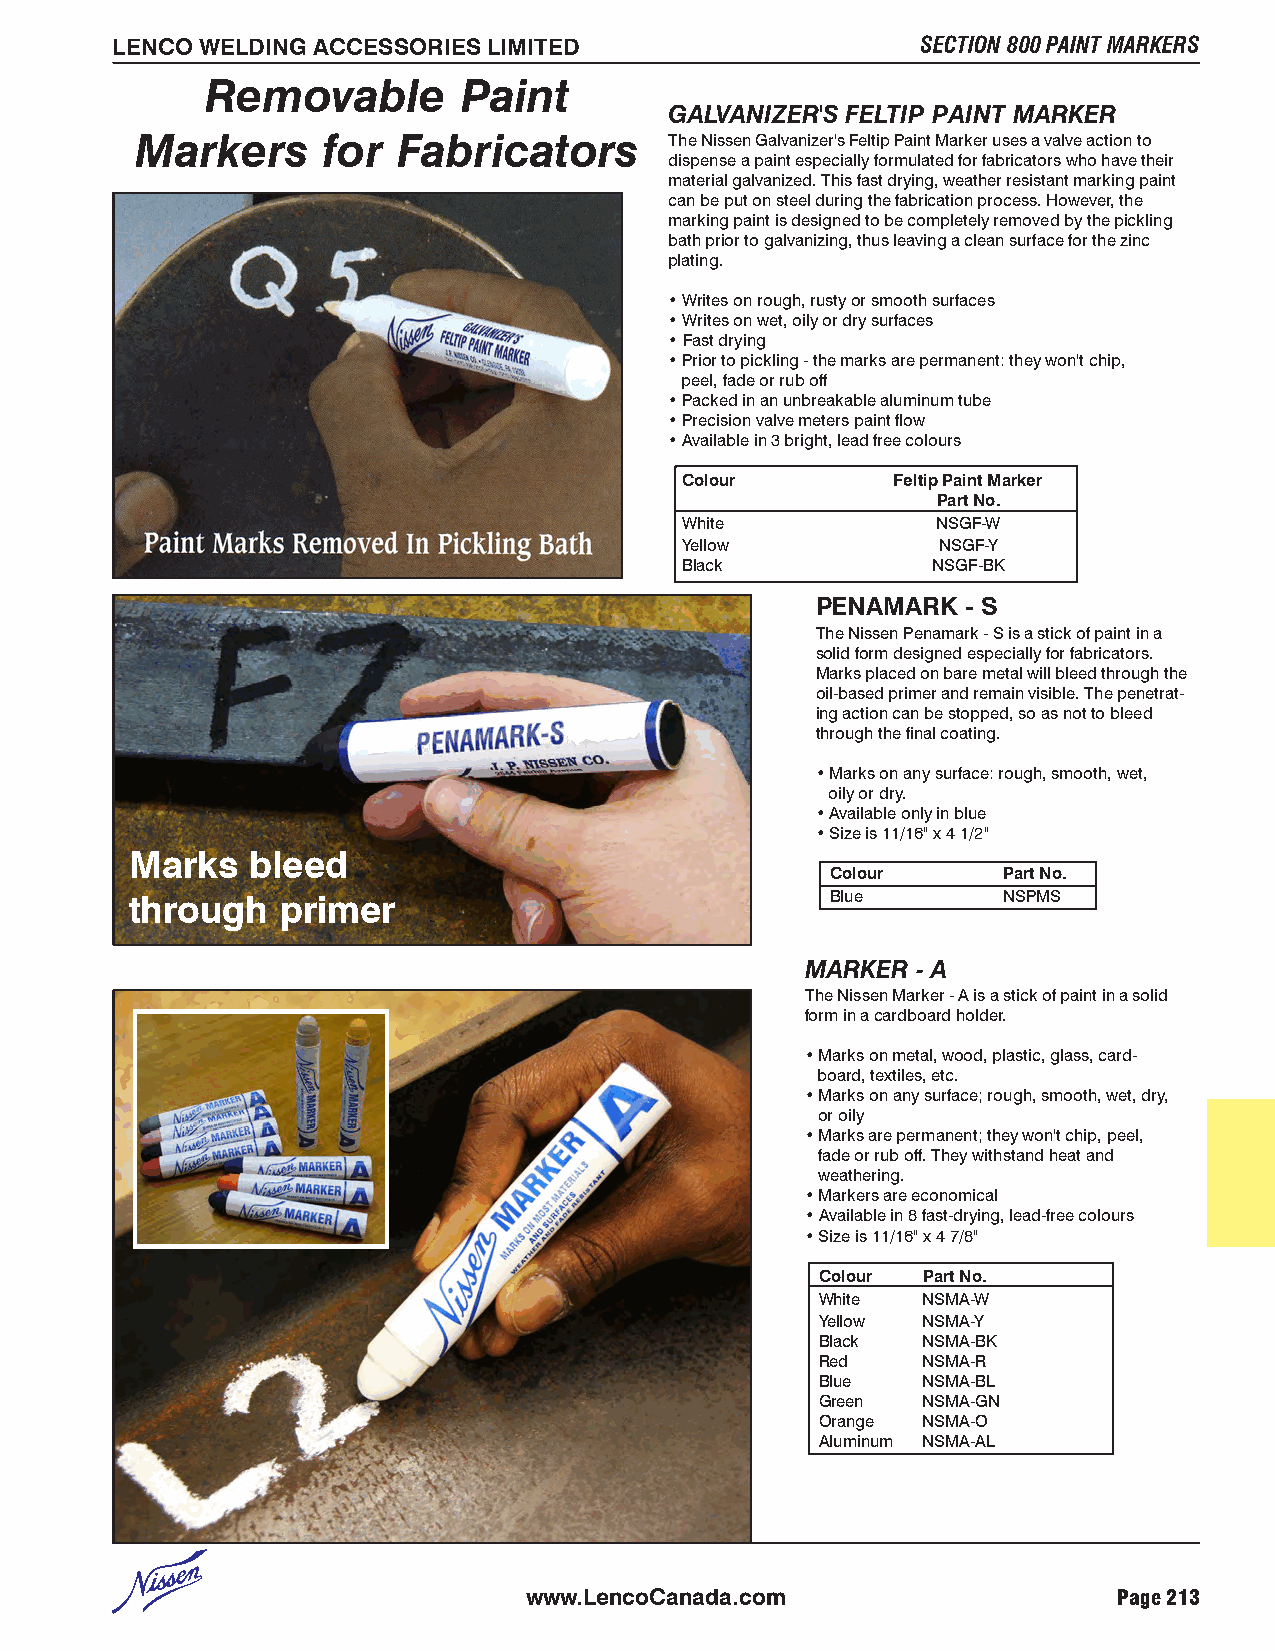
LENCO WELDING ACCESSORIES LIMITED                     SECTION 800 PAINT MARKERS
 Removable       Paint
 GALVANIZER'S FELTIP PAINT MARKER
 Markers     for  Fabricators       The Nissen Galvanizer's Feltip Paint Marker uses a valve action to
 dispense a paint especially formulated for fabricators who have their
 material galvanized. This fast drying, weather resistant marking paint
 can be put on steel during the fabrication process. However, the
 marking paint is designed to be completely removed by the pickling
 bath prior to galvanizing, thus leaving a clean surface for the zinc
 plating.
 • Writes on rough, rusty or smooth surfaces
 • Writes on wet, oily or dry surfaces
 • Fast drying
 • Prior to pickling - the marks are permanent: they won't chip,
 peel, fade or rub off
 • Packed in an unbreakable aluminum tube
 • Precision valve meters paint flow
 • Available in 3 bright, lead free colours
 Colour        Feltip Paint Marker
 Part No.
 White            NSGF-W
 Yellow           NSGF-Y
 Black            NSGF-BK
 PENAMARK  - S
 The Nissen Penamark - S is a stick of paint in a
 solid form designed especially for fabricators.
 Marks placed on bare metal will bleed through the
 oil-based primer and remain visible. The penetrat-
 ing action can be stopped, so as not to bleed
 through the final coating.
 • Marks on any surface: rough, smooth, wet,
 oily or dry.
 • Available only in blue
 • Size is 11/16" x 4 1/2"
 Marks  bleed
 Colour     Part No.
 through   primer                              Blue       NSPMS
 MARKER  - A
 The Nissen Marker - A is a stick of paint in a solid
 form in a cardboard holder.
 • Marks on metal, wood, plastic, glass, card-
 board, textiles, etc.
 • Marks on any surface; rough, smooth, wet, dry,
 or oily
 • Marks are permanent; they won't chip, peel,
 fade or rub off. They withstand heat and
 weathering.
 • Markers are economical
 • Available in 8 fast-drying, lead-free colours
 • Size is 11/16" x 4 7/8"
 Colour Part No.
 White  NSMA-W
 Yellow NSMA-Y
 Black  NSMA-BK
 Red    NSMA-R
 Blue   NSMA-BL
 Green  NSMA-GN
 Orange NSMA-O
 Aluminum NSMA-AL
 www.LencoCanada.com                    Page 213